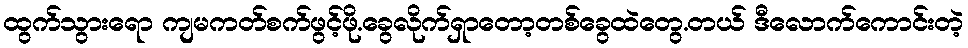
ထွက်သွားရော ကျမကတ်စက်ဖွင့်ဖို.ခွေလိုက်ရှာတော့တစ်ခွေထဲတွေ.တယ် ဒီလောက်ကောင်းတဲ့